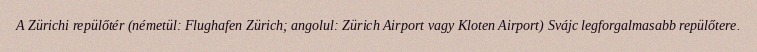
A Zürichi repülőtér (németül: Flughafen Zürich; angolul: Zürich Airport vagy Kloten Airport) Svájc legforgalmasabb repülőtere.